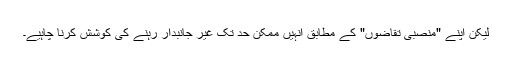
لیکن اپنے "منصبی تقاضوں" کے مطابق انہیں ممکن حد تک غیر جانبدار رہنے کی کوشش کرنا چاہیے۔